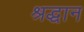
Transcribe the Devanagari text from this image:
श्रद्धान